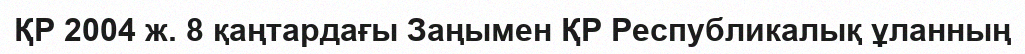
ҚР 2004 ж. 8 қаңтардағы Заңымен ҚР Республикалық ұланның